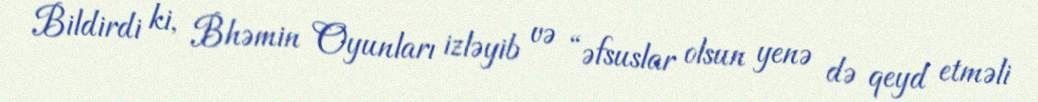
Bildirdi ki, Bhəmin Oyunları izləyib və “əfsuslar olsun yenə də qeyd etməli